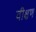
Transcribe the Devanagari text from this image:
वीक्षण